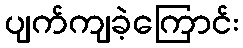
ပျက်ကျခဲ့ကြောင်း